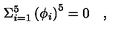
\Sigma _ { i = 1 } ^ { 5 } \left( \phi _ { i } \right) ^ { 5 } = 0 \quad ,